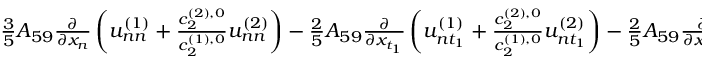
\begin{array} { r } { \frac { 3 } { 5 } A _ { 5 9 } \frac { \partial } { \partial x _ { n } } \left( u _ { n n } ^ { ( 1 ) } + \frac { c _ { 2 } ^ { ( 2 ) , 0 } } { c _ { 2 } ^ { ( 1 ) , 0 } } u _ { n n } ^ { ( 2 ) } \right) - \frac { 2 } { 5 } A _ { 5 9 } \frac { \partial } { \partial x _ { t _ { 1 } } } \left( u _ { n t _ { 1 } } ^ { ( 1 ) } + \frac { c _ { 2 } ^ { ( 2 ) , 0 } } { c _ { 2 } ^ { ( 1 ) , 0 } } u _ { n t _ { 1 } } ^ { ( 2 ) } \right) - \frac { 2 } { 5 } A _ { 5 9 } \frac { \partial } { \partial x _ { t _ { 2 } } } \left( u _ { n t _ { 2 } } ^ { ( 1 ) } + \frac { c _ { 2 } ^ { ( 2 ) , 0 } } { c _ { 2 } ^ { ( 1 ) , 0 } } u _ { n t _ { 2 } } ^ { ( 2 ) } \right) } \\ { = \frac { 1 } { \mathrm { K n } } \mathscr { L } _ { 3 } ^ { ( 2 2 ) } u _ { n n n } ^ { ( 2 ) } . } \end{array}